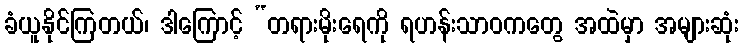
ခံယူနိုင်ကြတယ်၊ ဒါကြောင့် “တရားမိုးရေကို ရဟန်းသာဝကတွေ အထဲမှာ အများဆုံး